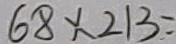
6 8 \times 2 1 3 =